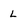
Character: L